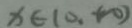
x \in ( 0 , + \infty )